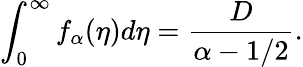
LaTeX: \int_{0}^{\infty}f_{\alpha}(\eta)d\eta=\frac{D}{\alpha-1/2}.